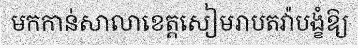
មកកាន់សាលាខេត្តសៀមរាបតវ៉ាបង្ខំឱ្យ